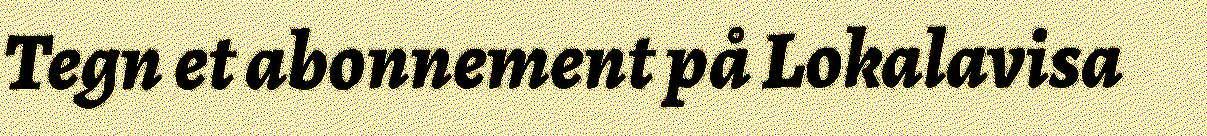
Tegn et abonnement på Lokalavisa